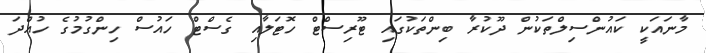
މާނައަކީ ކައުންސިލްތަކުން ދޫކުރާ ބިންތަކުގައި ޓޫރިސްޓް ހޮޓަލާއި ގެސްޓް ހައުސް ހިންގުމުގެ ހުއްދަ